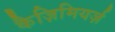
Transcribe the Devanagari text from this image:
कैज़िमियर्ज़